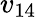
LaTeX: v_{14}